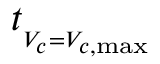
t _ { _ { V _ { c } = V _ { c , \operatorname* { m a x } } } }